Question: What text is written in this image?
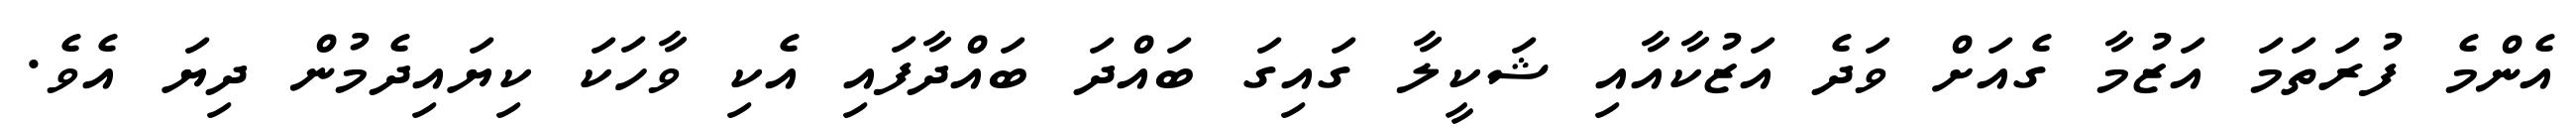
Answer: އެންމެ ފުރަތަމަ އަޒުމާ ގެއަށް ވަދެ އަޒުކާއާއި ޝަކީލާ ގައިގަ ބައްދަ ބައްދާފައި އެކި ވާހަކަ ކިޔައިދެމުން ދިޔަ އެވެ.